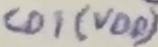
Text: CD1(VDD)